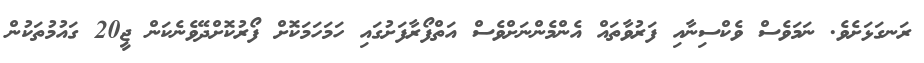
ރަނގަޅަށެވެ. ނަމަވެސް ވެކްސިނާއި ފަރުވާތައް އެންމެންނަށްވެސް އަތްފޯރާފަށުގައި ހަމަހަމަކޮށް ފޯރުކޮށްދޭވެނެކަން ޖީ20 ގައުމުތަކުން